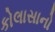
કોલાસાનો